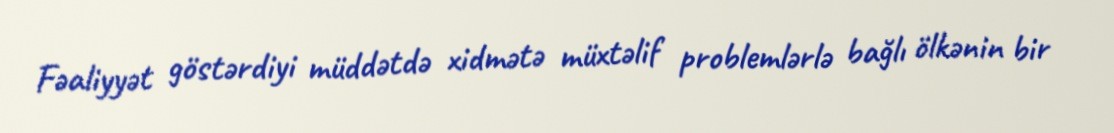
Fəaliyyət göstərdiyi müddətdə xidmətə müxtəlif problemlərlə bağlı ölkənin bir